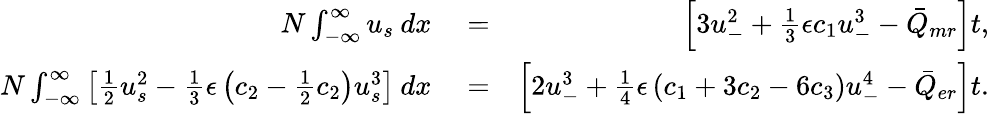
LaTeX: \begin{array}{rlr}{N\int_{-\infty}^{\infty}u_{s}\: dx}&{{}=}&{\left[3u_{-}^{2}+\frac{1}{3}\epsilon c_{1}u_{-}^{3}-\bar{Q}_{mr}\right]t,}\\ {N\int_{-\infty}^{\infty}\left[\frac{1}{2}u_{s}^{2}-\frac{1}{3}\epsilon\left(c_{2}-\frac{1}{2}c_{2}\right)u_{s}^{3}\right]\: dx}&{{}=}&{\left[2u_{-}^{3}+\frac{1}{4}\epsilon\left(c_{1}+3c_{2}-6c_{3}\right)u_{-}^{4}-\bar{Q}_{er}\right]t.}\end{array}